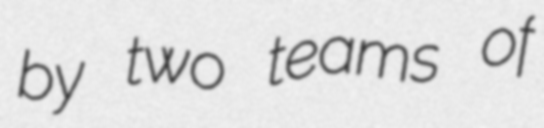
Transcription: by two teams of